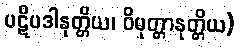
ပဋိပဒါနုတ္တိယ၊ ဝိမုတ္တာနုတ္တိယ)